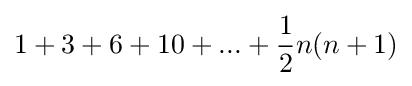
1+3+6+10+...+{\frac {1}{2}}n(n+1)